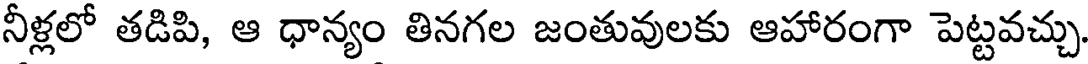
నీళ్లలో తడిపి, ఆ ధాన్యం తినగల జంతువులకు ఆహారంగా పెట్టవచ్చు